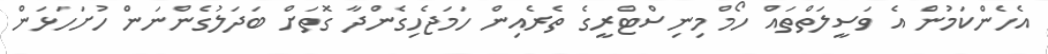
އެހެންކަމުން އެ ވަސީލަތްތައް ހޯމް މިނިސްޓްރީގެ ތެރެއިން ހަމަޖެހިގެންދާ ގޮތަށް ބަދަލުގެންނަން ހުށަހަޅަން